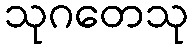
သုဂတေသု